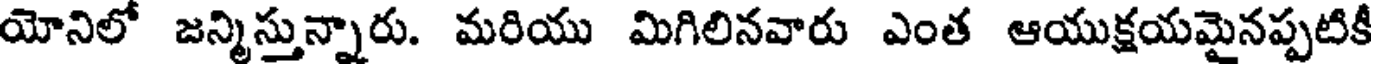
యోనిలో జన్మిస్తున్నారు. మరియు మిగిలినవారు ఎంత ఆయుక్షయమైనప్పటికీ